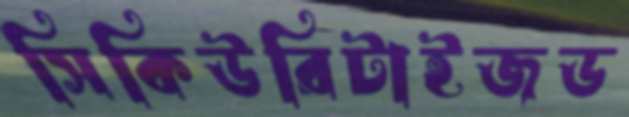
সিকিউরিটাইজড